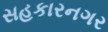
સહકારનગર